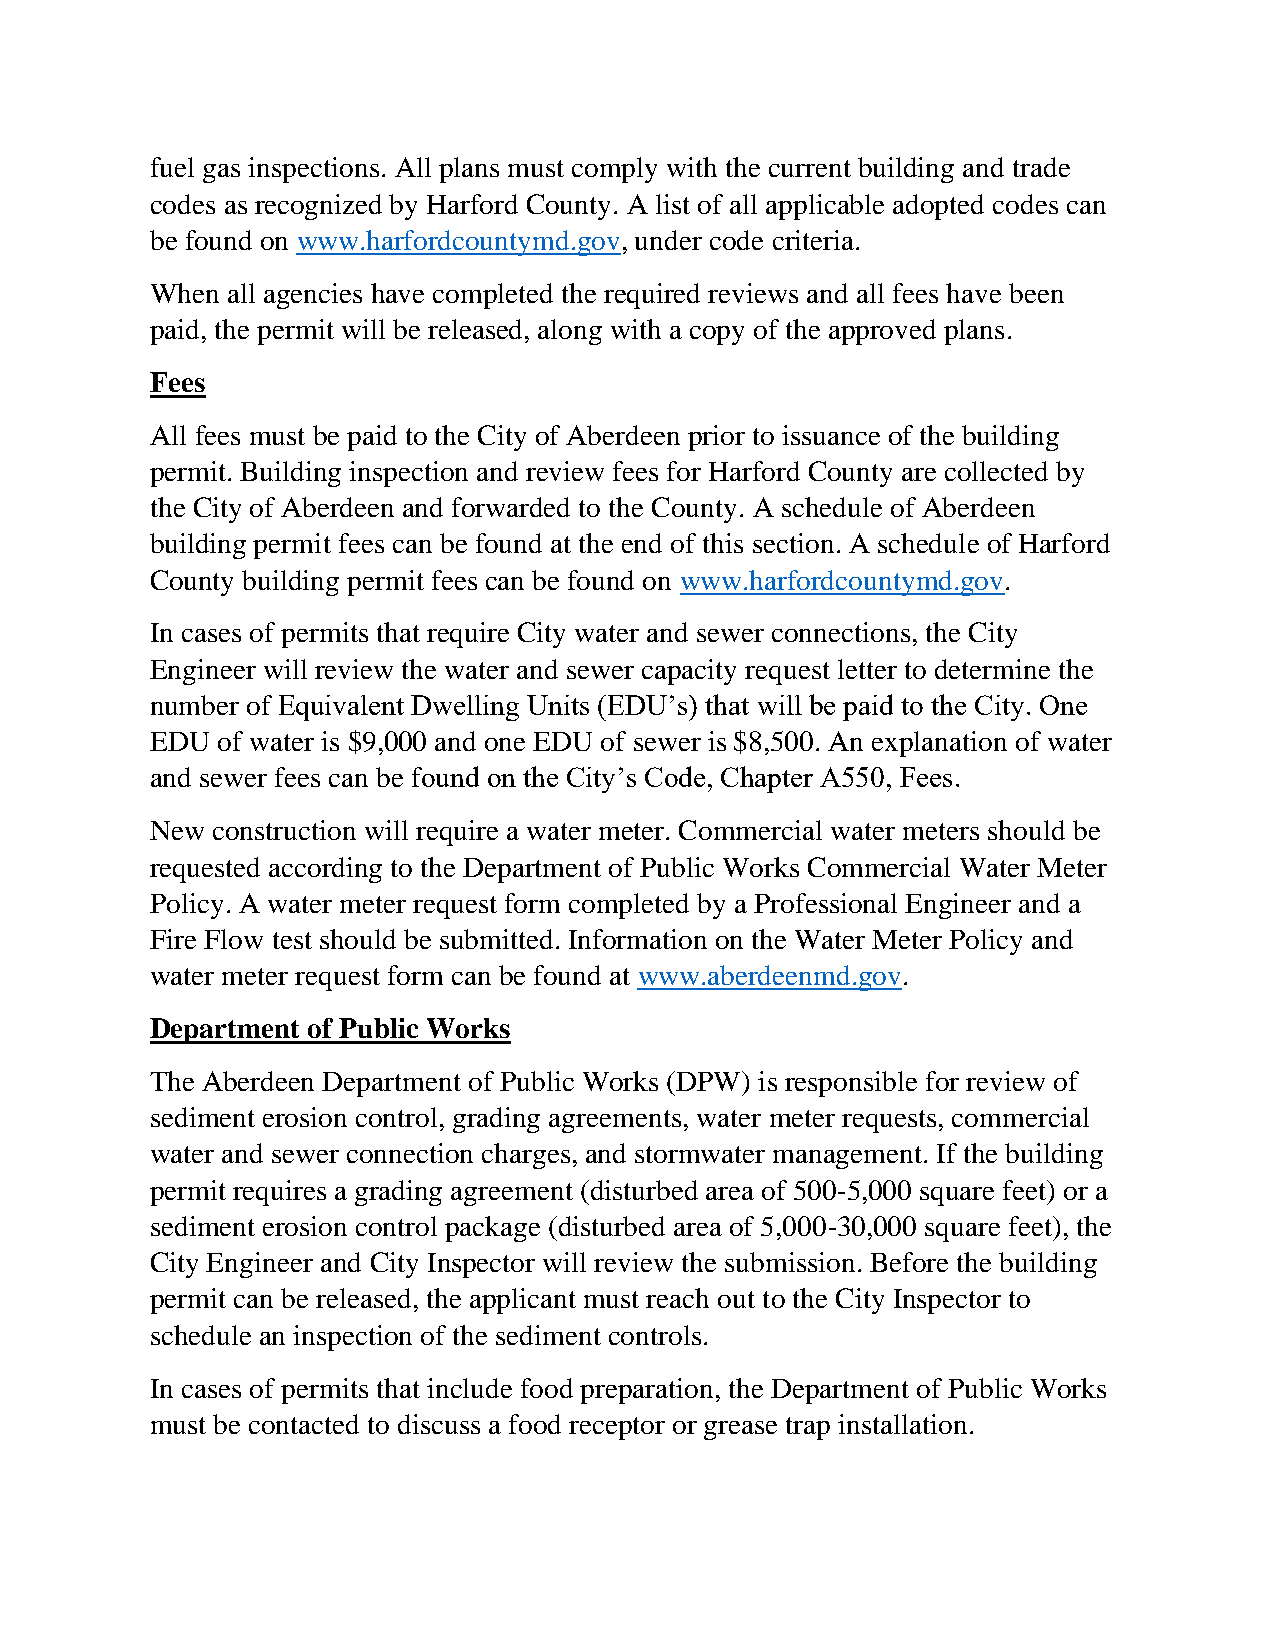
fuel gas inspections. All plans must comply with the current building and trade
 codes as recognized by Harford County. A list of all applicable adopted codes can
 be found on www.harfordcountymd.gov, under code criteria.
 When all agencies have completed the required reviews and all fees have been
 paid, the permit will be released, along with a copy of the approved plans.
 Fees
 All fees must be paid to the City of Aberdeen prior to issuance of the building
 permit. Building inspection and review fees for Harford County are collected by
 the City of Aberdeen and forwarded to the County. A schedule of Aberdeen
 building permit fees can be found at the end of this section. A schedule of Harford
 County building permit fees can be found on www.harfordcountymd.gov.
 In cases of permits that require City water and sewer connections, the City
 Engineer will review the water and sewer capacity request letter to determine the
 number of Equivalent Dwelling Units (EDU’s) that will be paid to the City. One
 EDU of water is $9,000 and one EDU of sewer is $8,500. An explanation of water
 and sewer fees can be found on the City’s Code, Chapter A550, Fees.
 New construction will require a water meter. Commercial water meters should be
 requested according to the Department of Public Works Commercial Water Meter
 Policy. A water meter request form completed by a Professional Engineer and a
 Fire Flow test should be submitted. Information on the Water Meter Policy and
 water meter request form can be found at www.aberdeenmd.gov.
 Department of Public Works
 The Aberdeen Department of Public Works (DPW) is responsible for review of
 sediment erosion control, grading agreements, water meter requests, commercial
 water and sewer connection charges, and stormwater management. If the building
 permit requires a grading agreement (disturbed area of 500-5,000 square feet) or a
 sediment erosion control package (disturbed area of 5,000-30,000 square feet), the
 City Engineer and City Inspector will review the submission. Before the building
 permit can be released, the applicant must reach out to the City Inspector to
 schedule an inspection of the sediment controls.
 In cases of permits that include food preparation, the Department of Public Works
 must be contacted to discuss a food receptor or grease trap installation.